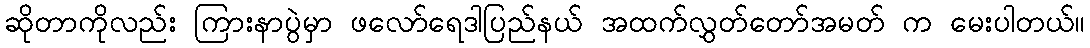
ဆိုတာကိုလည်း ကြားနာပွဲမှာ ဖလော်ရေဒါပြည်နယ် အထက်လွှတ်တော်အမတ် က မေးပါတယ်။